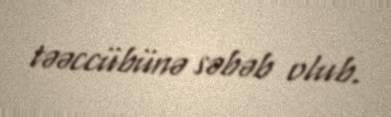
təəccübünə səbəb olub.